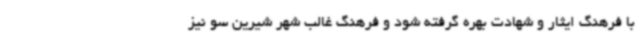
با فرهنگ ایثار و شهادت بهره گرفته شود و فرهنگ غالب شهر شیرین سو نیز